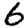
Digit: 6